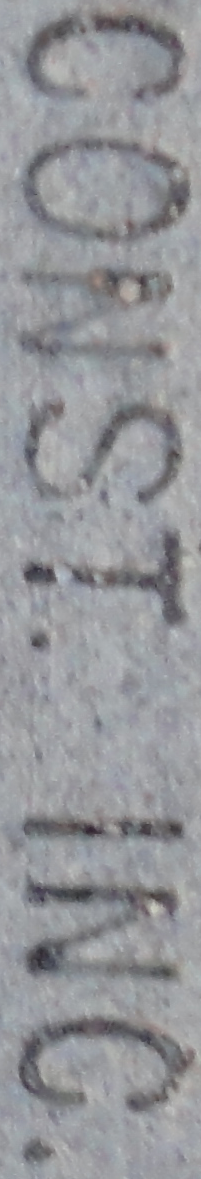
CONST. INC.